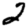
Digit: 2